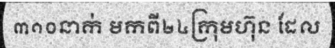
៣១០នាក់ មកពី២៤ក្រុមហ៊ុន ដែល